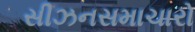
સીઝનસમાચારો